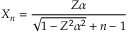
X _ { n } = \frac { Z \alpha } { \sqrt { 1 - Z ^ { 2 } \alpha ^ { 2 } } + n - 1 }